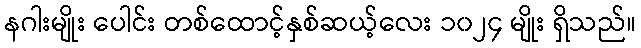
နဂါးမျိုး ပေါင်း တစ်ထောင့်နှစ်ဆယ့်လေး ၁၀၂၄ မျိုး ရှိသည်။